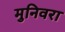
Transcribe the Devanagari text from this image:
मुनिवरा